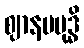
ဈာနမဗုဒ္ဓိ